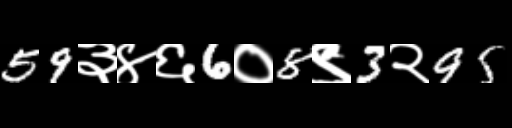
Text: 59३४६6०8९3२95